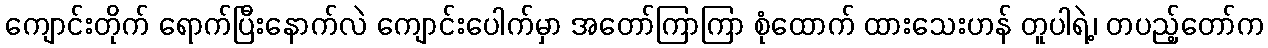
ကျောင်းတိုက် ရောက်ပြီးနောက်လဲ ကျောင်းပေါက်မှာ အတော်ကြာကြာ စုံထောက် ထားသေးဟန် တူပါရဲ့၊ တပည့်တော်က